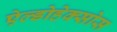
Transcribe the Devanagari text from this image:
ऐल्डोहेक्सोस